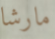
مارشا